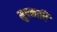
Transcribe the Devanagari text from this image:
मुषकारि